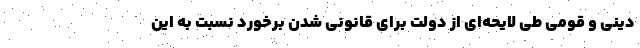
دینی و قومی طی لایحه‌ای از دولت برای قانونی شدنِ برخورد نسبت به این